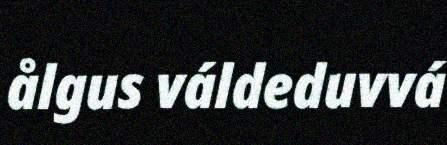
ålgus váldeduvvá